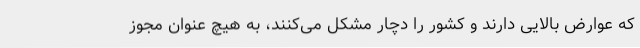
که عوارض بالایی دارند و کشور را دچار مشکل می‌کنند، به هیچ عنوان مجوز